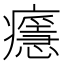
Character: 𤻘